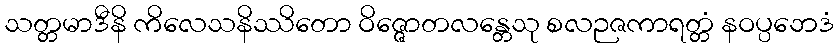
သတ္တမာဒီနိ ကိလေသနိဿိတော ဝိဇ္ဇောတလန္တေသု စလဉဇကာရတ္တံ နဝပ္ပဘေဒံ